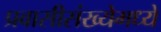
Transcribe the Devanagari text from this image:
प्रवासीसंख्येमध्ये